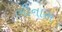
ભીનાસ